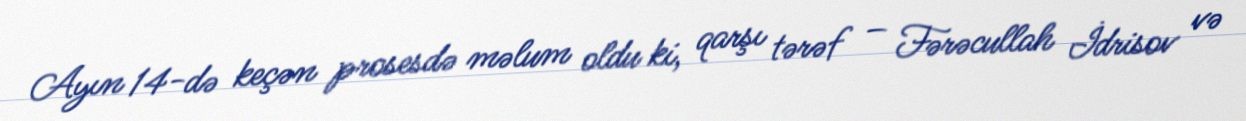
Ayın 14-də keçən prosesdə məlum oldu ki, qarşı tərəf – Fərəcullah İdrisov və